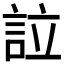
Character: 𧦰